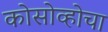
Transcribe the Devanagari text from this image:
कोसोव्होचा